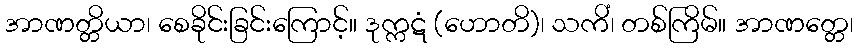
အာဏတ္တိယာ၊ စေခိုင်းခြင်းကြောင့်။ ဒုက္ကဋံ (ဟောတိ)၊ သကိံ၊ တစ်ကြိမ်။ အာဏတ္တေ၊